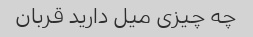
چه چیزی میل دارید قربان